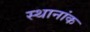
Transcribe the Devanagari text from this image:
स्थानांक